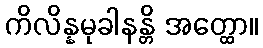
ကိလိန္နမုခါနန္တိ အတ္ထော။